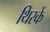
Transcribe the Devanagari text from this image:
थिरकें